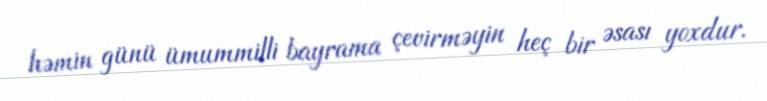
həmin günü ümummilli bayrama çevirməyin heç bir əsası yoxdur.